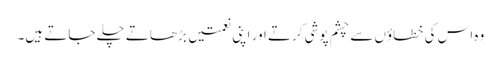
وہ اس کی خطاؤں سے چشم پوشی کرتے اور اپنی نعمتیں بڑھاتے چلے جاتے ہیں۔